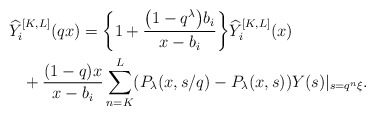
\begin{gather*}\widehat{Y}_{i}^{[K,L]}(qx) =\biggl\{ 1 + \frac{\big(1 - q^{\lambda}\big)b_{i}}{x - b_{i}} \biggr\} \widehat{Y}_{i}^{[K,L]}(x) \\\hphantom{\widehat{Y}_{i}^{[K,L]}(qx) =}{}+ \frac{(1-q) x}{x - b_{i}}\sum_{n=K}^{L} (P_{\lambda}(x, s/q) - P_{\lambda}(x, s)) Y(s)|_{s= q^n \xi}.\end{gather*}